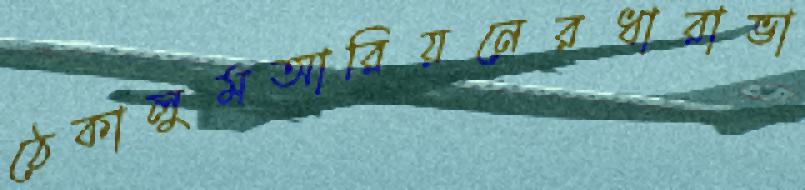
ঠেকালুমআরিয়নেরধারাভা